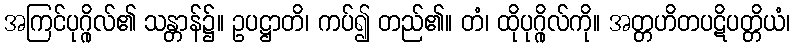
အကြင်ပုဂ္ဂိုလ်၏ သန္တာန်၌။ ဥပဋ္ဌာတိ၊ ကပ်၍ တည်၏။ တံ၊ ထိုပုဂ္ဂိုလ်ကို။ အတ္တဟိတပဋိပတ္တိယံ၊